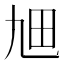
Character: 𤰙